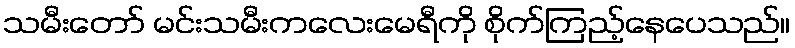
သမီးတော် မင်းသမီးကလေးမေရီကို စိုက်ကြည့်နေပေသည်။